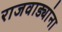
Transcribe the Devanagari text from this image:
राजवाड्यांना